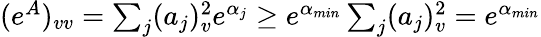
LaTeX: \begin{array}{r}{(e^{A})_{vv}=\sum_{j}(a_{j})_{v}^{2}e^{\alpha_{j}}\geq e^{\alpha_{min}}\sum_{j}(a_{j})_{v}^{2}=e^{\alpha_{min}}}\end{array}